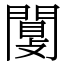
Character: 闅